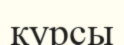
курсы